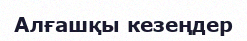
Алғашқы кезеңдер